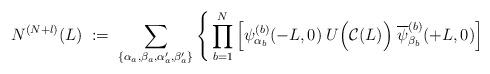
LaTeX: \begin{align*}N^{(N+l)}(L) \; := \;\sum_{\{\alpha_a,\beta_a,\alpha^\prime_a,\beta^\prime_a\}}\Bigg\{ \prod_{b=1}^N \left[\psi_{\alpha_b}^{(b)}(-L,0) \; U\Big({\cal C}(L)\Big)\;\overline{\psi}_{\beta_b}^{(b)}(+L,0) \right]\end{align*}